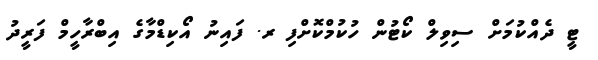
ޓީ ދެއްކުމަށް ސިވިލް ކޯޓުން ހުކުމްކޮށްފި ރ. ފައިނު އޯކިޑްމާގެ އިބްރާހީމް ފަރީދު